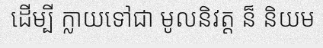
ដើម្បី ក្លាយទៅជា មូលនិវត្ត ន៏ និយម